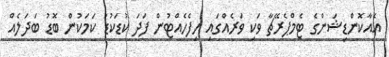
އެއާކޮންޑިޝަންގެ ޓެމްޕެރޭޗާ ވަކި ވަރެއްގައި ހިފެހެއްޓުން ފަދަ ކުޑަކުޑަ ކަމަކުން ބޮޑު ބަދަލެއް